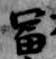
富